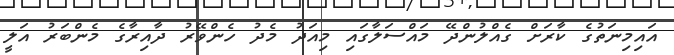
އައިމިނަތުގެ ކާރަށް ގެއްލުންދޭ މައްސަލާގައި މިއަދު މެދު ހެންވޭރު ދާއިރާގެ މެންބަރު އަލީ